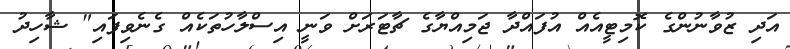
އަދި ޒުވާނުންގެ ކޮމިޓީއެއް އުފައްދާ ޖަމިއްޔާގެ ޗާޓަރަށް ވަނީ އިސްލާހުތަކެއް ގެނެވިފައި" ޝާހިދު